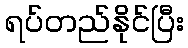
ရပ်တည်နိုင်ပြီး